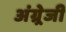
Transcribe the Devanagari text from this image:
अंग्र्रेजी